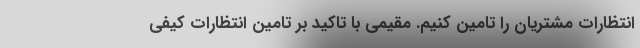
انتظارات مشتریان را تامین کنیم. مقیمی با تاکید بر تامین انتظارات کیفی